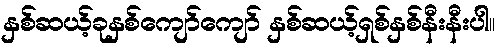
နှစ်ဆယ့်ခုနှစ်ကျော်ကျော် နှစ်ဆယ့်ရှစ်နှစ်နီးနီးပါ။